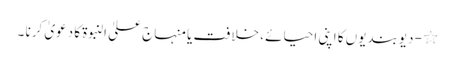
٭ - دیوبندیوں کا اپنی احیائے ، خلافت یا منہاج علیٰ النبوۃ کا دعویٰ کرنا ۔